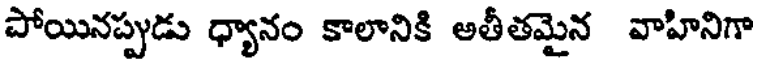
పోయినప్పుడు ధ్యానం కాలానికి అతీతమైన వాహినిగా